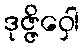
ဒုဇ္ဇိဝှေါ